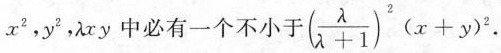
x^{2},y^{2},\lambda xy中必有一个不小于(\frac{\lambda}{\lambda +1})^{2}(x+y)^{2}.$$